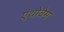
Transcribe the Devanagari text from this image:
एंथोवेम